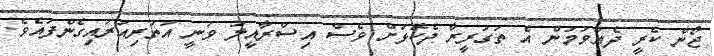
ޖޯން ކެރީ ދެއްވުމުން އެ ތަގުރީރާ ދެކޮޅަށް ވެސް އިސްރާއީލު ވަނީ އުތުރިއަރައިގެންފައެވެ.